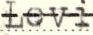
Levi